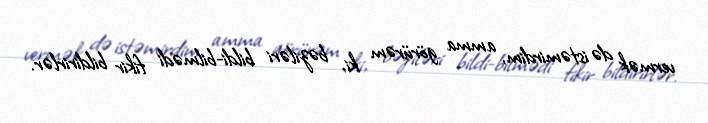
vermək də istəmirdim, amma görürəm ki, bəziləri bildi-bilmədi fikir bildirirlər.